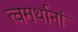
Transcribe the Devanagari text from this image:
त्वमर्थानां